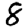
Digit: 8